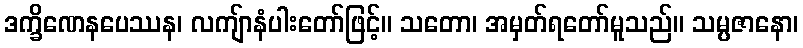
ဒက္ခိဏေနပေဿန၊ လကျ်ာနံပါးတော်ဖြင့်။ သတော၊ အမှတ်ရတော်မူသည်။ သမ္ပဇာနော၊